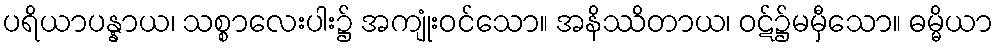
ပရိယာပန္နာယ၊ သစ္စာလေးပါး၌ အကျုံးဝင်သော။ အနိဿိတာယ၊ ဝဋ်၌မမှီသော။ ဓမ္မိယာ